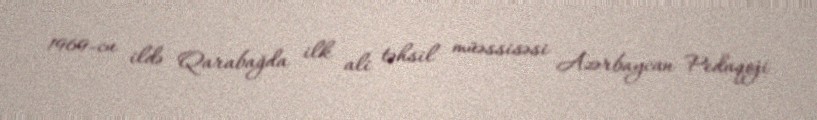
1969-cu ildə Qarabağda ilk ali təhsil müəssisəsi Azərbaycan Pedaqoji